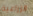
الزراعية